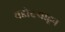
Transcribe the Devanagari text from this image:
वडोदऱ्याहून